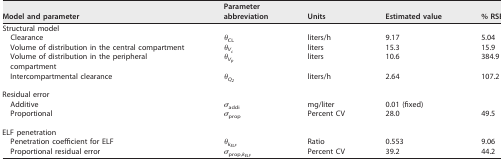
<table><thead><tr><td><b>Model and parameter</b></td><td><b>Parameter abbreviation</b></td><td><b>Units</b></td><td><b>Estimated value</b></td><td><b>% RSE</b></td></tr></thead><tbody><tr><td>Structural model</td><td></td><td></td><td></td><td></td></tr><tr><td>Clearance</td><td>θ<sub>CL</sub></td><td>liters/h</td><td>9.17</td><td>5.04</td></tr><tr><td>Volume of distribution in the central compartment</td><td><i>θ<sub>V<sub>c</sub></sub></i></td><td>liters</td><td>15.3</td><td>15.9</td></tr><tr><td>Volume of distribution in the peripheral compartment</td><td><i>θ<sub>V<sub>p</sub></sub></i></td><td>liters</td><td>10.6</td><td>384.9</td></tr><tr><td>Intercompartmental clearance</td><td><i>θ<sub>Q<sub>2</sub></sub></i></td><td>liters/h</td><td>2.64</td><td>107.2</td></tr><tr><td>Residual error</td><td></td><td></td><td></td><td></td></tr><tr><td>Additive</td><td>σ<sub>addi</sub></td><td>mg/liter</td><td>0.01 (fixed)</td><td></td></tr><tr><td>Proportional</td><td>σ<sub>prop</sub></td><td>Percent CV</td><td>28.0</td><td>49.5</td></tr><tr><td>ELF penetration</td><td></td><td></td><td></td><td></td></tr><tr><td>Penetration coefficient for ELF</td><td><i>θ<sub>k<sub>ELF</sub></sub></i></td><td>Ratio</td><td>0.553</td><td>9.06</td></tr><tr><td>Proportional residual error</td><td><i>σ</i><sub>prop,<i>k<sub>ELF</sub></i></sub></td><td>Percent CV</td><td>39.2</td><td>44.2</td></tr></tbody></table>